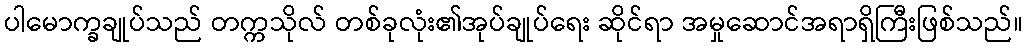
ပါမောက္ခချုပ်သည် တက္ကသိုလ် တစ်ခုလုံး၏အုပ်ချုပ်ရေး ဆိုင်ရာ အမှုဆောင်အရာရှိကြီးဖြစ်သည်။